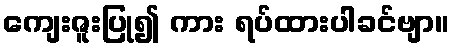
ကျေးဇူးပြု၍ ကား ရပ်ထားပါခင်ဗျာ။